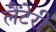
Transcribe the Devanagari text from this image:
लैंटेरी